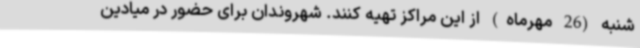
شنبه (26 مهرماه) از این مراکز تهیه کنند. شهروندان برای حضور در میادین